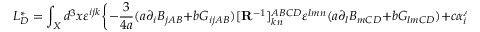
L _ { D } ^ { \ast } = \int _ { X } d ^ { 3 } x \varepsilon ^ { i j k } \bigg \{ - { \frac { 3 } { 4 a } } ( a \partial _ { i } B _ { j A B } + b G _ { i j A B } ) [ { \bf R } ^ { - 1 } ] _ { k n } ^ { A B C D } \varepsilon ^ { l m n } ( a \partial _ { l } B _ { m C D } + b G _ { l m C D } ) + c \alpha _ { i } ^ { A B } G _ { j k A B } \bigg \} ,